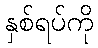
နှစ်ရပ်ကို